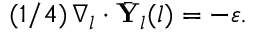
( 1 / 4 ) \, \nabla _ { l } \cdot \bar { \mathbf { Y } } _ { l } ( l ) = - \varepsilon .